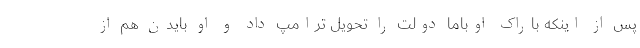
پس از اینکه باراک اوباما دولت را تحویل ترامپ داد و او بایدن هم از